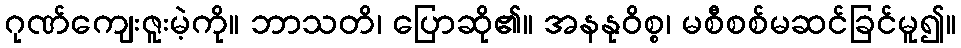
ဂုဏ်ကျေးဇူးမဲ့ကို။ ဘာသတိ၊ ပြောဆို၏။ အနနုဝိစ္စ၊ မစီစစ်မဆင်ခြင်မူ၍။